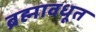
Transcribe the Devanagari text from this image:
ब्रह्मावधूत